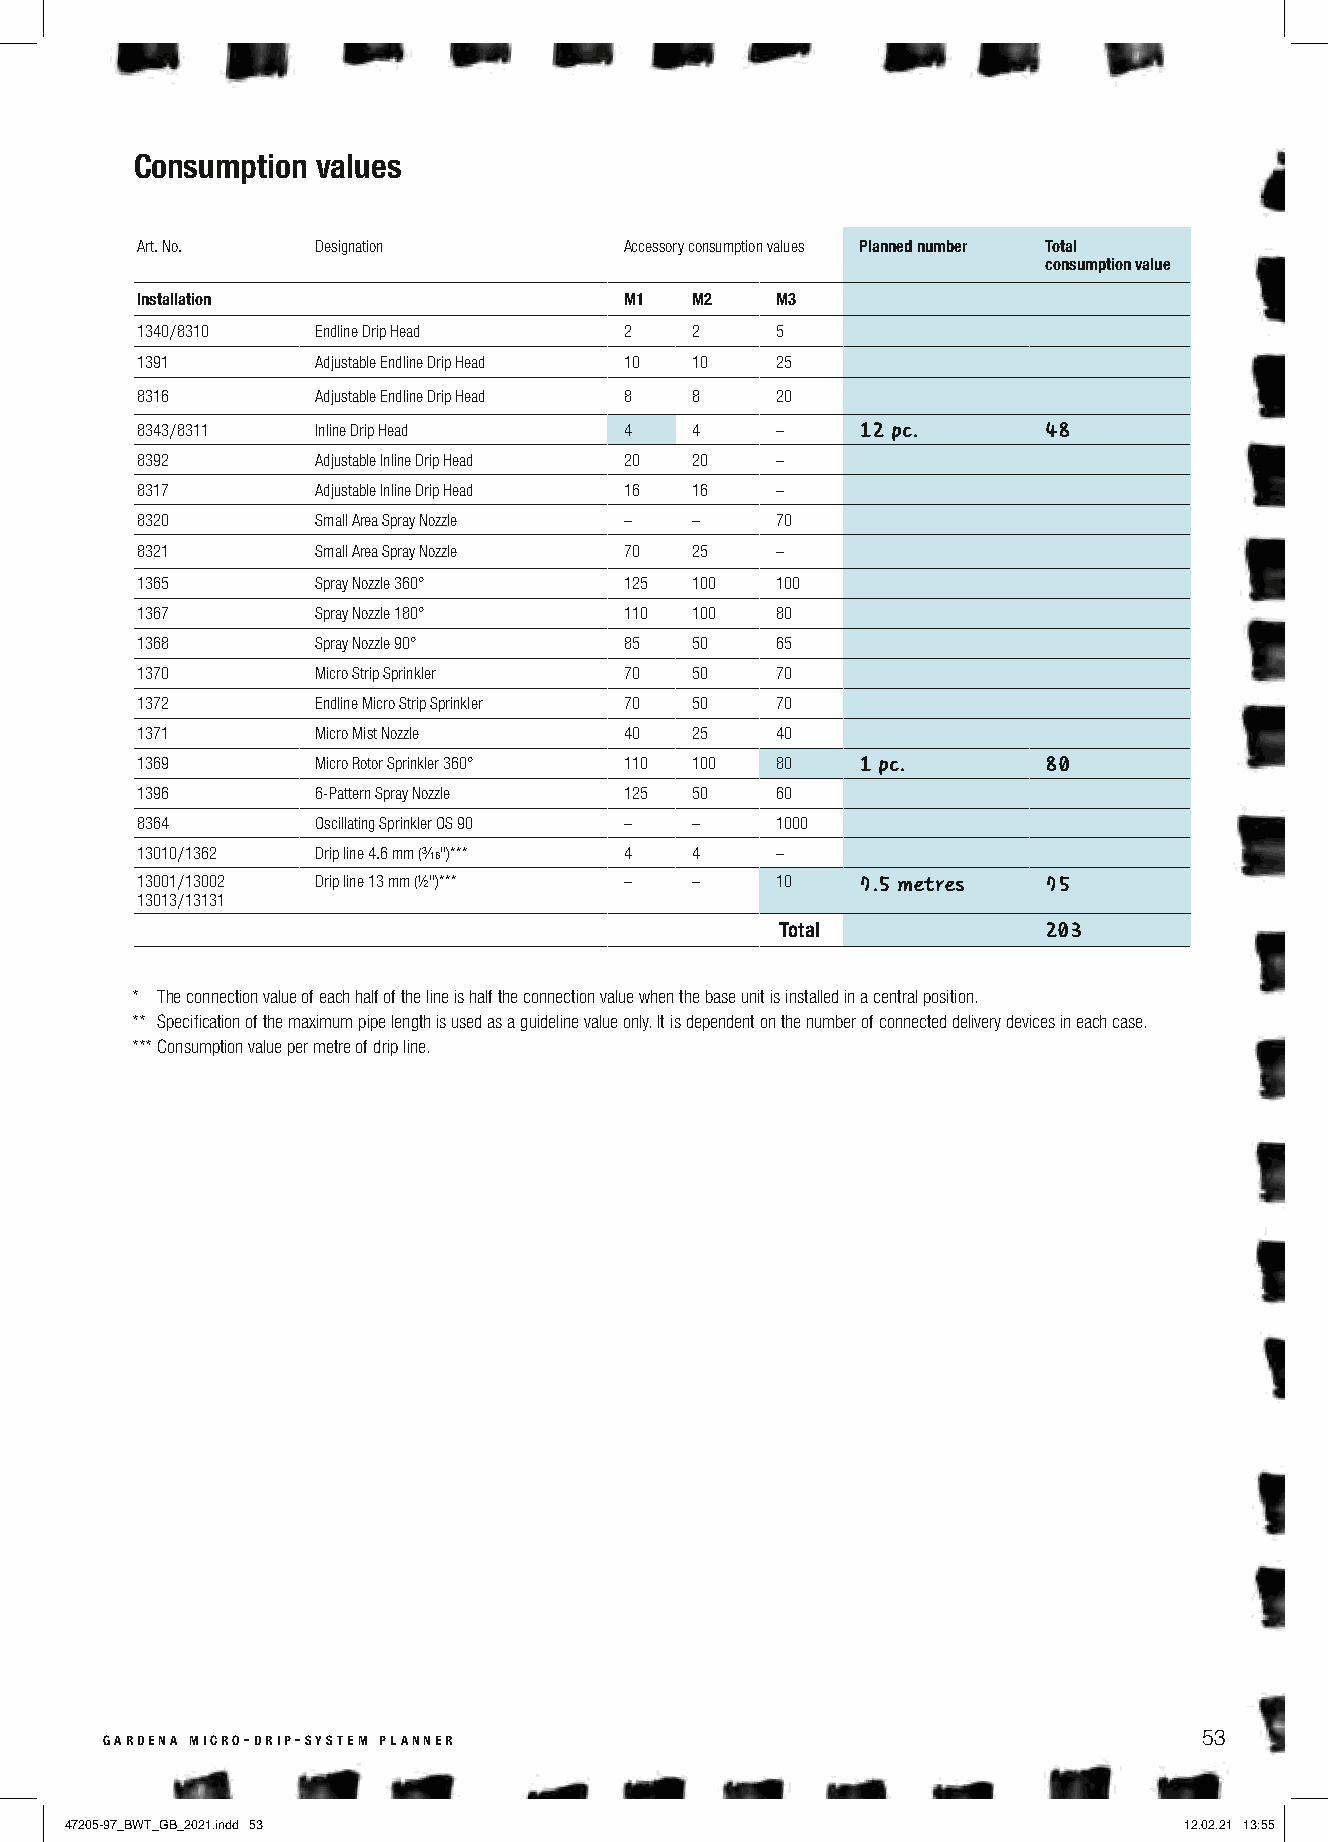
Consumption values
 Art. No.    Designation         Accessory consumption values Planned number Total
 consumption value
 Installation                    M1   M2   M3
 1340 / 8310 Endline Drip Head   2    2    5
 1391        Adjustable Endline Drip Head 10 10 25
 8316        Adjustable Endline Drip Head 8 8 20
 8343 / 8311 Inline Drip Head    4    4    –     12 pc.      48
 8392        Adjustable Inline Drip Head 20 20 –
 8317        Adjustable Inline Drip Head 16 16 –
 8320        Small Area Spray Nozzle – –   70
 8321        Small Area Spray Nozzle 70 25 –
 1365        Spray Nozzle 360°   125  100  100
 1367        Spray Nozzle 180°   110  100  80
 1368        Spray Nozzle 90°    85   50   65
 1370        Micro Strip Sprinkler 70 50   70
 1372        Endline Micro Strip Sprinkler 70 50 70
 1371        Micro Mist Nozzle   40   25   40
 1369        Micro Rotor Sprinkler 360° 110 100 80 1 pc.     80
 1396        6-Pattern Spray Nozzle 125 50 60
 8364        Oscillating Sprinkler OS 90 – – 1000
 13010 / 1362 Drip line 4.6 mm (³∕₁₆")*** 4 4 –
 13001 / 13002 Drip line 13 mm (½")*** – – 10    7.5 metres  75
 13013 / 13131
 Total            203
 * The connection value of each half of the line is half the connection value when the base unit is installed in a central position.
 ** Specification of the maximum pipe length is used as a guideline value only. It is dependent on the number of connected delivery devices in each case.
 *** Consumption value per metre of drip line.
 gardena micro-drip-system planner                                        53
 47205-97_BWT_GB_2021.indd 53                                              12.02.21 13:55